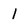
Character: 1